system: You are a helpful assistant.
user:
Analyze the provided spectrum to determine if it is a **"Cataclysmic Variables (CV)"**.

- **Key Indicators for CV (Check for either state):**
    - **State 1: Quiescent / Low-State (Emission-Dominated)**
        - **(Primary):** Strong and *very broad* Hydrogen Balmer emission lines (e.g., $H\alpha$ at 6563 Å, $H\beta$ at 4861 Å). The 'broadness' (high velocity dispersion, often FWHM > 1000 km/s) is the key diagnostic, indicating a high-velocity accretion disk.
        - **(Secondary):** Broad neutral Helium (He I) emission lines (e.g., 5876 Å, 6678 Å).
        - **(Key Confirmation):** Presence of high-excitation *ionized* Helium (He II) emission at 4686 Å. This is a strong indicator of accretion onto a white dwarf.
        - **(Line Profile):** Emission lines may exhibit a 'double-peaked' profile, which is a classic signature of a rotating accretion disk viewed at high inclination.

    - **State 2: Outburst / High-State (Absorption-Dominated)**
        - **(Primary):** Spectrum is dominated by a bright, blue continuum (looks like a hot star).
        - **(Secondary):** The emission lines from State 1 are weak, absent, or 'filled in', and are replaced by broad, shallow *absorption* lines (primarily Balmer and He I).
        - **(Morphology):** The overall spectrum mimics a hot B/A-type star. The crucial difference is that the absorption lines are significantly broader, shallower, and more 'washed-out' (or 'smeared') than the sharp lines of a normal stellar photosphere, due to high rotational speeds and pressure broadening in the disk.

Think first, call **spectral_visualization_tool** if needed to examine features in detail, then provide your final answer. Your response must adhere to the following strict rules:
1.  **Overall Structure:** Your response must follow the format `<think>...</think> <tool_call>...</tool_call> (if a tool is used) <answer>...</answer>`.
2.  **Tool Usage Constraint:** You may only make **one** tool call per turn.
3.  **Final Answer Format:** In the `<answer>` tag, your conclusion must be inside a `\boxed{}` command (e.g., `\boxed{YES}`), followed by your justification.

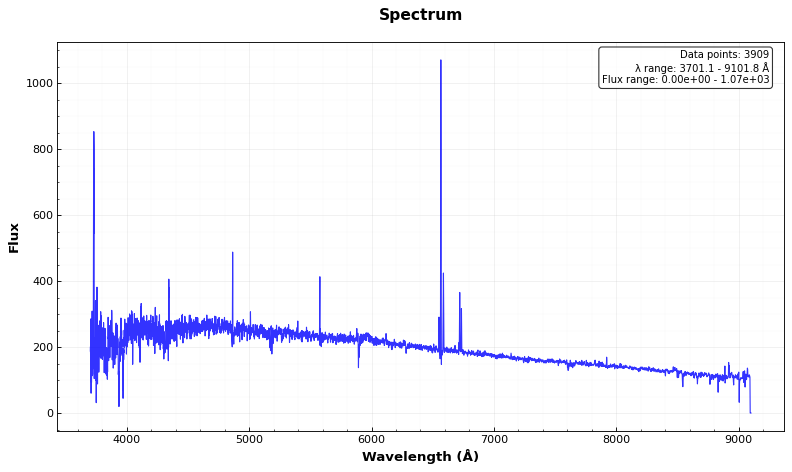
Answer: NO